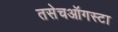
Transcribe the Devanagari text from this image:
तसेचऑगस्टा